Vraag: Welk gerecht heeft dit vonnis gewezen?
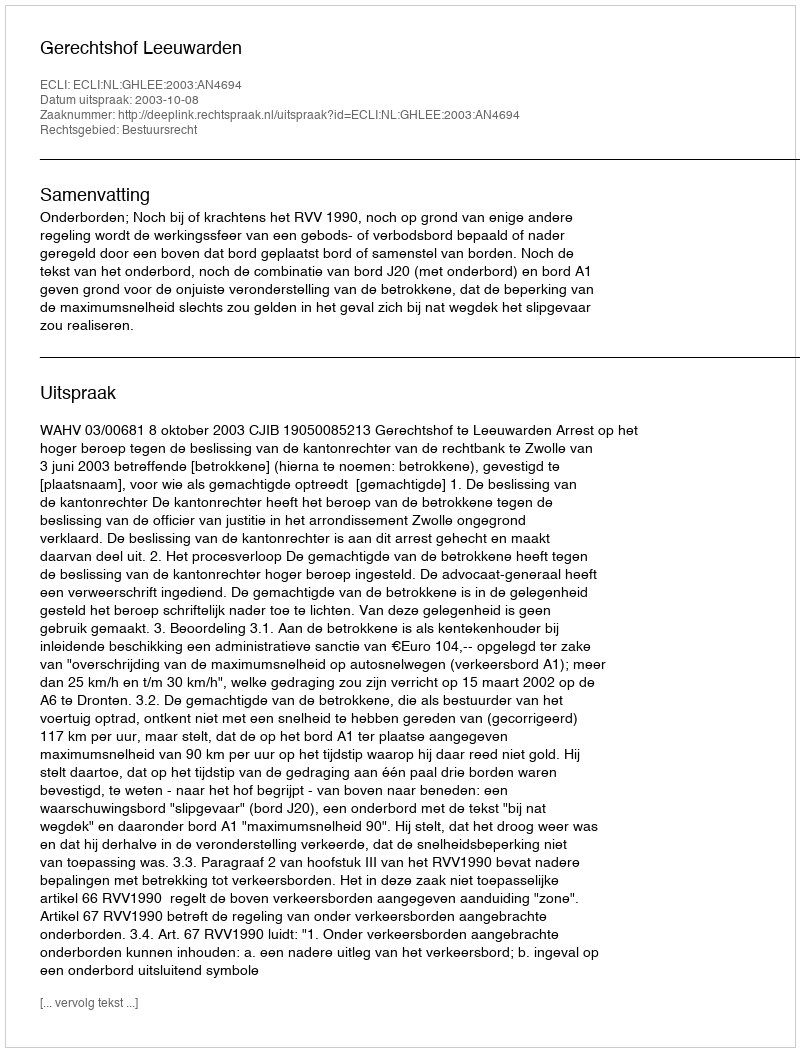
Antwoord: Gerechtshof Leeuwarden